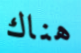
هناك